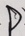
D